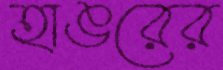
হাঙরের